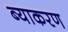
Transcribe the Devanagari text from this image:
ब्याकरण